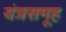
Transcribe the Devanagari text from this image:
यंत्रसमूह